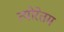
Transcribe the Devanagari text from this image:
त्योरेतम